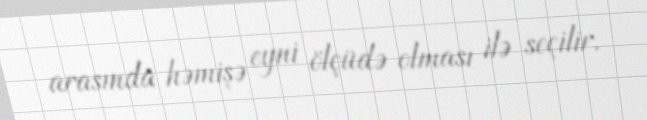
arasında həmişə eyni ölçüdə olması ilə seçilir.